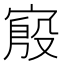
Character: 𫳪